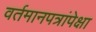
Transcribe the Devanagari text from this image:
वर्तमानपत्रांपेक्षा